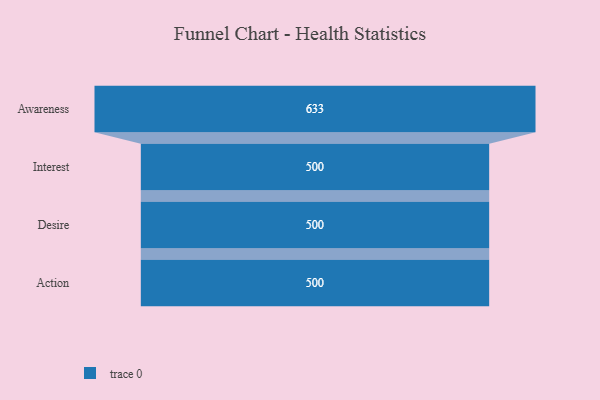
{"axis": {"x": "Stage", "y": "Value"}, "legend": [""], "data": [{"x": "Awareness", "y": 633.0, "type": ""}, {"x": "Interest", "y": 500, "type": ""}, {"x": "Desire", "y": 500, "type": ""}, {"x": "Action", "y": 500, "type": ""}]}